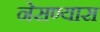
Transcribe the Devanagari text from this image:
नेसण्यास